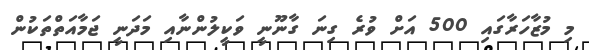
މި މުޒާހަރާގައި 500 އަށް ވުރެ ގިނަ ގާނޫނީ ވަކީލުންނާއި މަދަނީ ޖަމާއަތްތަކުން